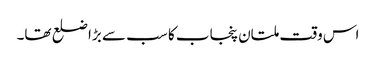
اس وقت ملتان پنجاب کا سب سے بڑا ضلع تھا۔